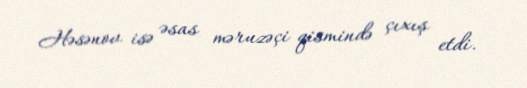
Həsənov isə əsas məruzəçi qismində çıxış etdi.